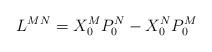
LaTeX: \begin{align*}L^{MN}=X_0^MP_0^N-X_0^NP_0^M \end{align*}